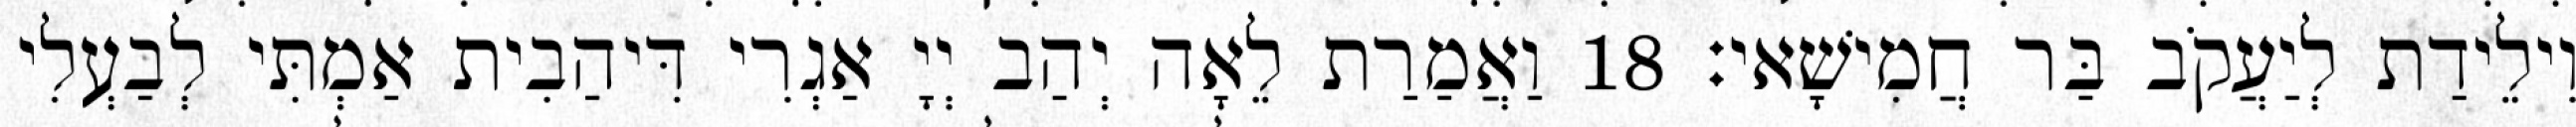
וִילֵידַת לְיַעֲקֹב בַּר חֲמִישָׁאי׃ 18 וַאֲמַרַת לֵאָה יְהַב יְיָ אַגְרִי דִּיהַבִית אַמְתִּי לְבַעְלִי